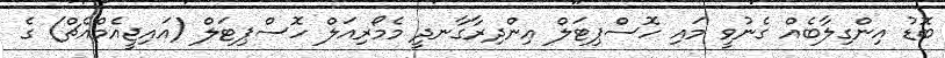
ބޮޑު އިންގިލާބެއް ގެނުވީ މައި ހޮސްޕިޓަލް އިންދިރާގާނދީ މެމޯރިއަލް ހޮސްޕިޓަލް (އައިޖީއެމްއެޗް) ގެ